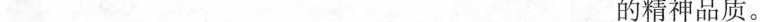
___的精神品质。